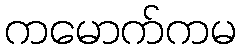
ကမောက်ကမ